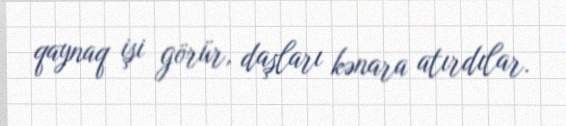
qaynaq işi görür, daşları kənara atırdılar.